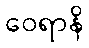
ဝေရာနိ